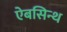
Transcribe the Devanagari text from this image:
ऐबसिन्थ